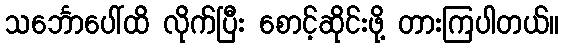
သင်္ဘောပေါ်ထိ လိုက်ပြီး စောင့်ဆိုင်းဖို့ တားကြပါတယ်။